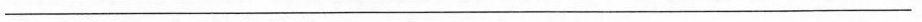
___